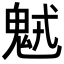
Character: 𩲭